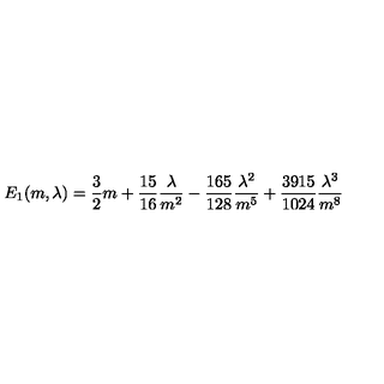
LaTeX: E _ { 1 } ( m , \lambda ) = \frac { 3 } { 2 } m + \frac { 1 5 } { 1 6 } \frac { \lambda } { m ^ { 2 } } - \frac { 1 6 5 } { 1 2 8 } \frac { \lambda ^ { 2 } } { m ^ { 5 } } + \frac { 3 9 1 5 } { 1 0 2 4 } \frac { \lambda ^ { 3 } } { m ^ { 8 } }